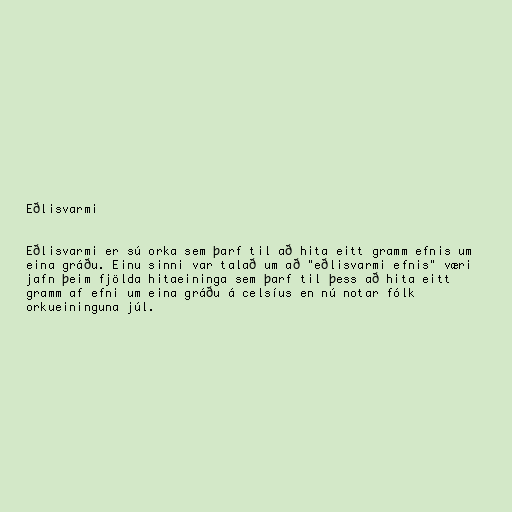
Eðlisvarmi

Eðlisvarmi er sú orka sem þarf til að hita eitt gramm efnis um
eina gráðu. Einu sinni var talað um að "eðlisvarmi efnis" væri
jafn þeim fjölda hitaeininga sem þarf til þess að hita eitt
gramm af efni um eina gráðu á celsíus en nú notar fólk
orkueininguna júl.